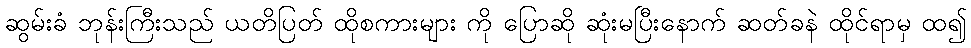
ဆွမ်းခံ ဘုန်းကြီးသည် ယတိပြတ် ထိုစကားများ ကို ပြောဆို ဆုံးမပြီးနောက် ဆတ်ခနဲ ထိုင်ရာမှ ထ၍